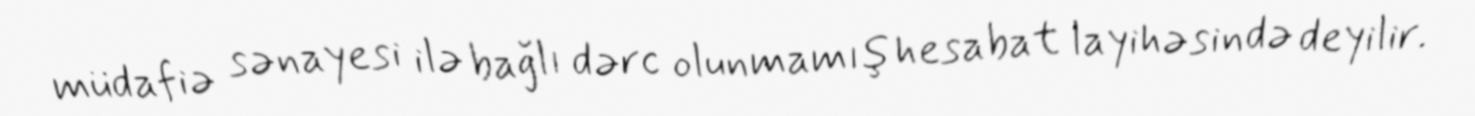
müdafiə sənayesi ilə bağlı dərc olunmamış hesabat layihəsində deyilir.